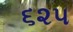
૬૨૫